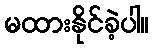
မထားနိုင်ခဲ့ပါ။